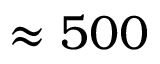
\approx 5 0 0